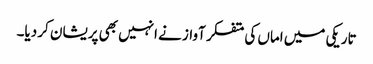
تاریکی میں اماں کی متفکر آواز نے انہیں بھی پریشان کر دیا۔